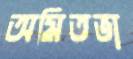
অমিতভা